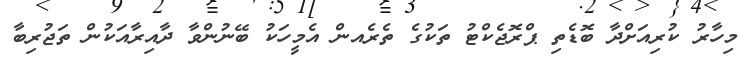
މިހާރު ކުރިއަށްދާ ބޮޑެތި ޕްރޮޖެކްޓު ތަކުގެ ތެރެއން އެމީހަކު ބޭނުންވާ ދާއިރާއަކުން ތަޖުރިބާ